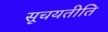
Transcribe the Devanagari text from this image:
सूचयतीति